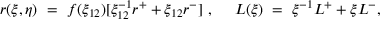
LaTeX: r ( \xi , \eta ) ~ = ~ f ( \xi _ { 1 2 } ) [ \xi _ { 1 2 } ^ { - 1 } r ^ { + } + \xi _ { 1 2 } r ^ { - } ] ~ , \ \ \ \ L ( \xi ) ~ = ~ { \xi ^ { - 1 } } L ^ { + } + \xi L ^ { - } ,